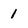
Character: 1